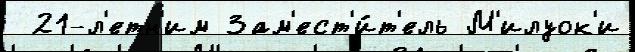
 21-л'етн'им Зам'ест'и́т'ель М'илуок'и